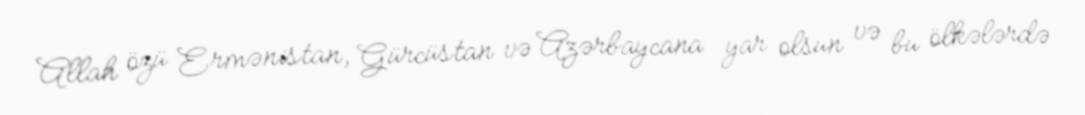
Allah özü Ermənistan, Gürcüstan və Azərbaycana yar olsun və bu ölkələrdə